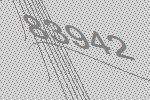
83942